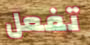
تفعل